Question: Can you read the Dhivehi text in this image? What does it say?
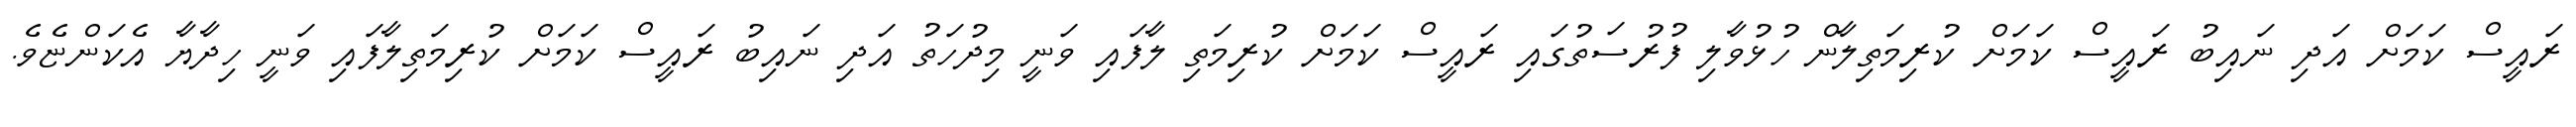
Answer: ރައީސް ކަމަށް އަދި ނައިބު ރައީސް ކަމަށް ކުރިމަތިލާން ހުޅުވާލި ފުރުސަތުގައި ރައީސް ކަމަށް ކުރިމަތި ލާފައި ވަނީ މިދުހަތު އަދި ނައިބު ރައީސް ކަމަށް ކުރިމަތިލާފައި ވަނީ ހިދާޔާ އެކަންޏެވެ.